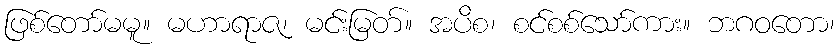
ဖြစ်တော်မမူ။ မဟာရာဇ၊ မင်းမြတ်။ အပိစ၊ စင်စစ်သော်ကား။ ဘဂဝတော၊